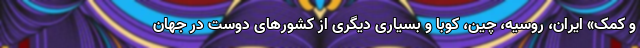
و کمک» ایران، روسیه، چین، کوبا و بسیاری دیگری از کشورهای دوست در جهان